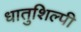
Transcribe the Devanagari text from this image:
धातुशिल्पी